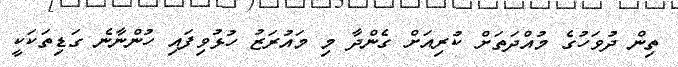
ތިން ދުވަހުގެ މުއްދަތަށް ކުރިއަށް ގެންދާ މި މައުރަޒު ހުޅުވިފައި ހުންނާނެ ގަޑިތަކަކީ